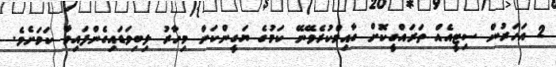
2 އަހަރުން ސިޓީއެއް ތަރައްގީކޮށް ގާއިމްކުރެވޭނޭ ކަމުގެ ޔަގީންކަން މިހާރު ލިބިވަޑައިގެންފައިވާ ކަމަށެވެ.